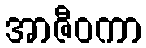
အာဇီဝကာ